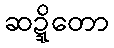
ဆဍ္ဍိတော